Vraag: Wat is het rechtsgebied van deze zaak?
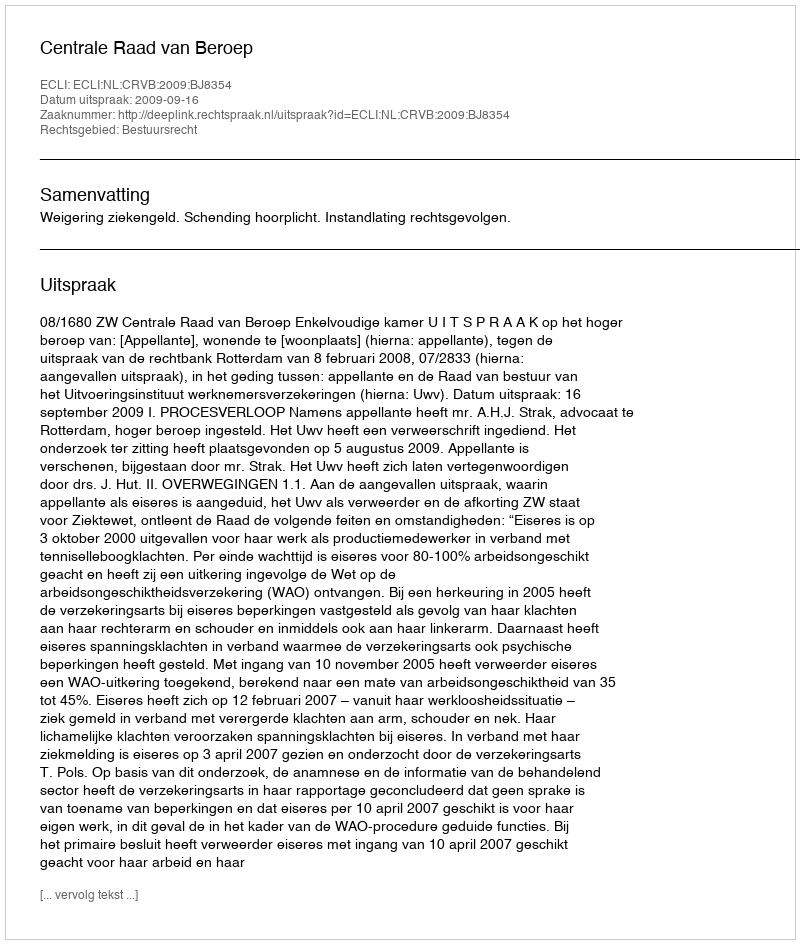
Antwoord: Bestuursrecht